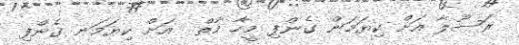
ރަސޫލާ އަށް ކިޔަމަން ގެންފި މީހާ މާތް  އަށް ކިޔަމަނ ގެންފި